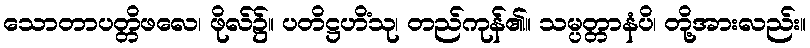
သောတာပတ္တိဖလေ၊ ဖိုလ်၌။ ပတိဋ္ဌဟိံသု၊ တည်ကုန်၏။ သမ္ပတ္တာနံပိ၊ တို့အားလည်း။